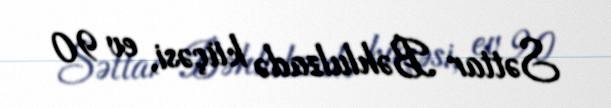
Səttar Bəhlulzadə küçəsi, ev 90